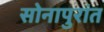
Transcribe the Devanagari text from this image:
सोनापुरांत